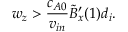
w _ { z } > \frac { c _ { A 0 } } { v _ { i n } } \tilde { B } _ { x } ^ { \prime } ( 1 ) d _ { i } .